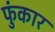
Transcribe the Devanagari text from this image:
फुंकार